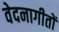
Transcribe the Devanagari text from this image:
वेदनागीतों